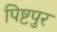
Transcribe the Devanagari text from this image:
पिष्टपुर